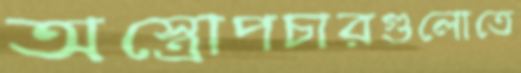
অস্ত্রোপচারগুলোতে